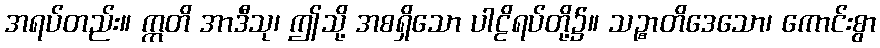
အရပ်တည်း။ ဣတိ အာဒီသု၊ ဤသို့ အစရှိသော ပါဠိရပ်တို့၌။ သဉ္စာတိဒေသော၊ ကောင်းစွာ